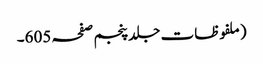
(ملفوظات جلد پنجم صفحہ 605۔